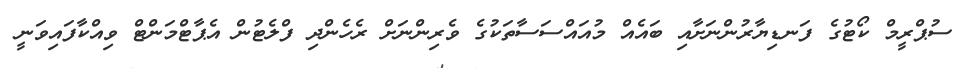
ސުޕްރީމް ކޯޓުގެ ފަނޑިޔާރުންނަށާއި ބައެއް މުއައްސަސާތަކުގެ ވެރިންނަށް ރެހެންދި ފްލެޓުން އެޕާޓްމަންޓް ވިއްކާފައިވަނީ